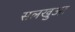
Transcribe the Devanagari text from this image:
सलखुआ